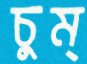
চুম্